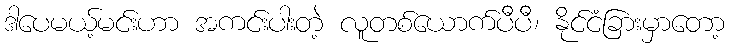
ဒါပေမယ့်မင်းဟာ အကင်းပါးတဲ့ လူတစ်ယောက်ပီပီ၊ နိုင်ငံခြားမှာတော့